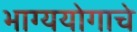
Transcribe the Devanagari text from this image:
भाग्ययोगाचे